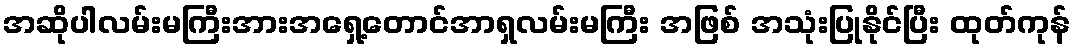
အဆိုပါလမ်းမကြီးအားအရှေ့တောင်အာရှလမ်းမကြီး အဖြစ် အသုံးပြုနိုင်ပြီး ထုတ်ကုန်